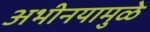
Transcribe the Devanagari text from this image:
अभीनयामुळे